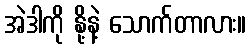
အဲဒါကို နို့နဲ့ သောက်တာလား။